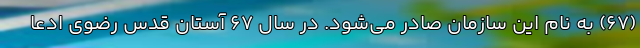
(۶۷) به نام این سازمان صادر می‌شود. در سال ۶۷ آستان قدس رضوی ادعا